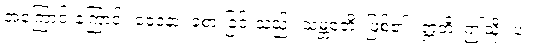
အကြောင်းကြောင့်။ ဝေဒနာ၊ ခံစားခြင်းသည်။ သမ္ဘဝတိ၊ ဖြစ်၏။ ဣတိ၊ ဤသို့။ ပ။